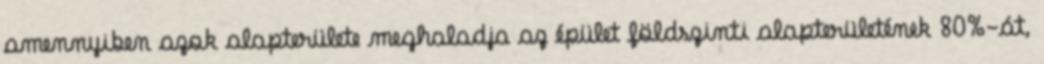
amennyiben azok alapterülete meghaladja az épület földszinti alapterületének 80%-át,